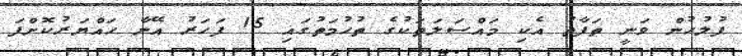
ފުލުހުން ވަނީ ތަފާތު އެކި މައްސަލަތަކުގެ ތުހުމަތުގައި 15 ފަހަރު އޭނާ ހައްޔަރުކޮށްފަ